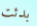
بدئت